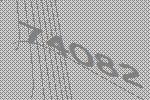
74082